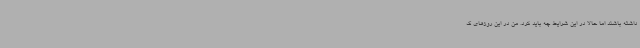
داشته باشند اما حالا در این شرایط چه باید کرد. من در این روزهای ک